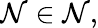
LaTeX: \mathcal{N}\in\mathbb{{\mathcal{N}}},